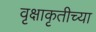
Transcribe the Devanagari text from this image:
वृक्षाकृतीच्या